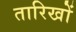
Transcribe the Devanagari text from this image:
तारिखों